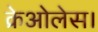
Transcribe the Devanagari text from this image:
क्रेओलेस।